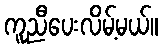
ကူညီပေးလိမ့်မယ်။